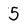
Character: 5